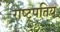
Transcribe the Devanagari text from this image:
राष्ट्रपतिय